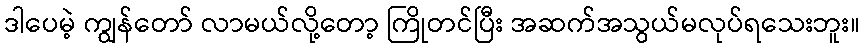
ဒါပေမဲ့ ကျွန်တော် လာမယ်လို့တော့ ကြိုတင်ပြီး အဆက်အသွယ်မလုပ်ရသေးဘူး။